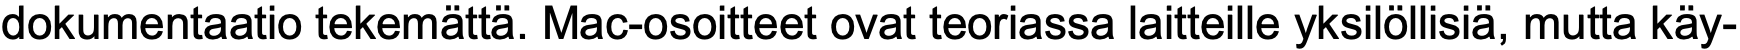
dokumentaatio tekemättä. Mac-osoitteet ovat teoriassa laitteille yksilöllisiä, mutta käy-